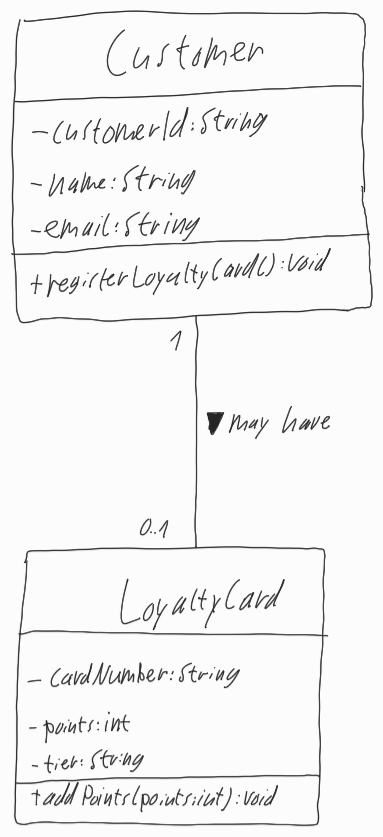
Diagram type: class_diagram
```plantuml
@startuml

class Customer {
  - customerId: String
  - name: String
  - email: String
  + registerLoyaltyCard(): void
}

class LoyaltyCard {
  - cardNumber: String
  - points: int
  - tier: String
  + addPoints(points: int): void
}

Customer "1" -- "0..1" LoyaltyCard : may have >

@enduml
```